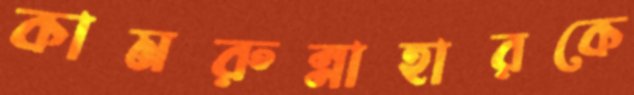
কামরুন্নাহারকে